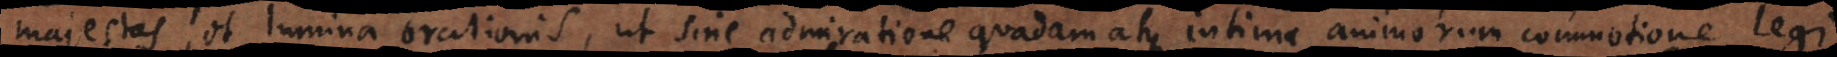
majestas, et lumina orationis, ut sine admiratione quadam atque intima animorum commotione legi